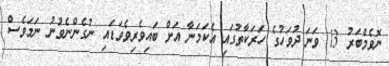
ނޮވެމްބަރު 13 ވަނަ ދުވަހުގެ ހަރަކާތުގައި އެކަމަނާ އަށް ބައިވެރިވެވަޑައި ނުގެންނެވުނު ނަމަވެސް